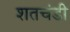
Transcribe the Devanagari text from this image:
शतचंडी